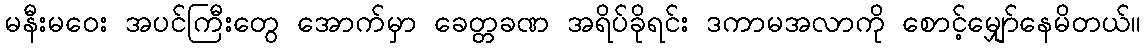
မနီးမဝေး အပင်ကြီးတွေ အောက်မှာ ခေတ္တခဏ အရိပ်ခိုရင်း ဒကာမအလာကို စောင့်မျှော်နေမိတယ်။